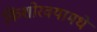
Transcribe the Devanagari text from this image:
किशोरवयामधे